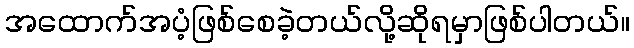
အထောက်အပံ့ဖြစ်စေခဲ့တယ်လို့ဆိုရမှာဖြစ်ပါတယ်။